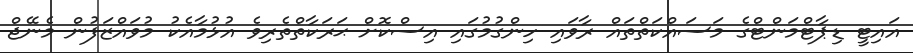
އައިޓީ ޑިޕާޓްމަންޓްގެ މަސައްކަތްތައް ރާވައި ހިންގުމުގައި އިސްކޮށް ޙަރަކާތްތެރިވެ އުޅުމާއެކު މުވައްޒަފުން މެނޭޖް